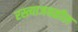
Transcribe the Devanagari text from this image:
रस्त्याजवळील